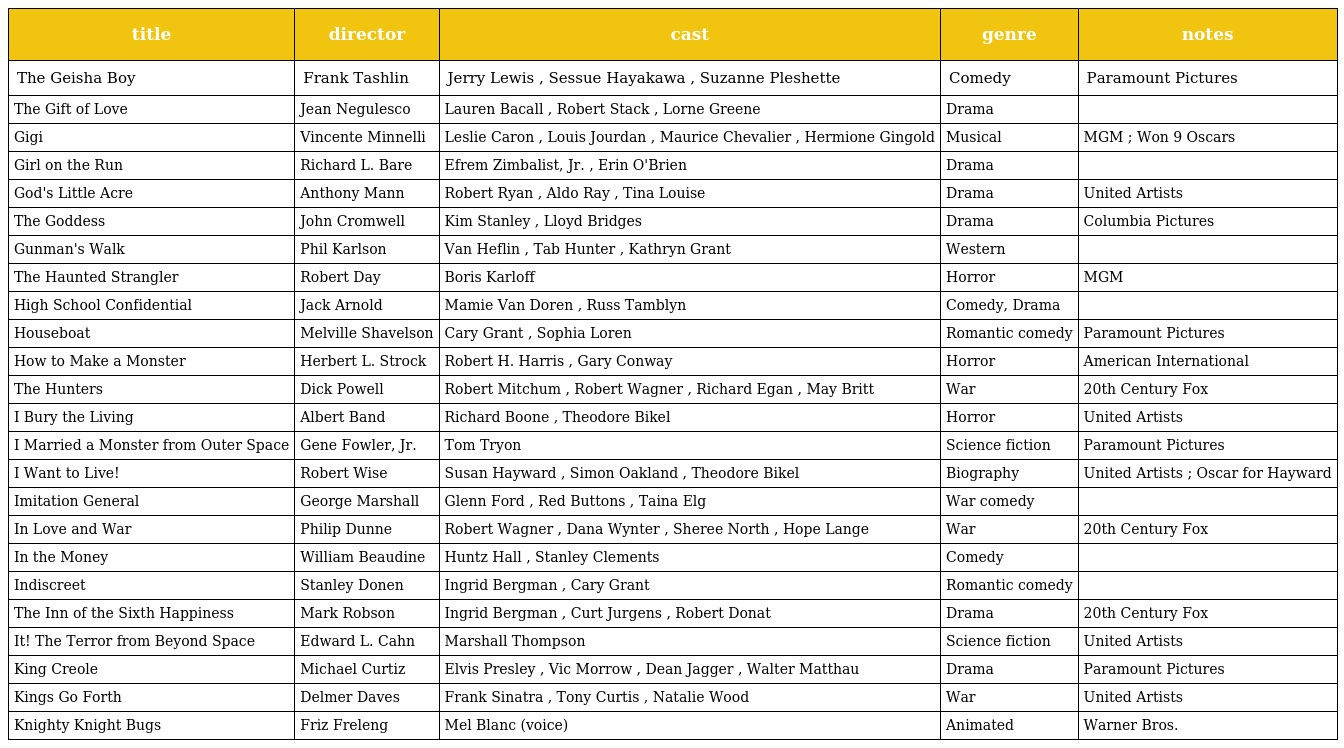
| title | director | cast | genre | notes |
 | --- | --- | --- | --- | --- |
 | The Geisha Boy | Frank Tashlin | Jerry Lewis , Sessue Hayakawa , Suzanne Pleshette | Comedy | Paramount Pictures |
 | The Gift of Love | Jean Negulesco | Lauren Bacall , Robert Stack , Lorne Greene | Drama |  |
 | Gigi | Vincente Minnelli | Leslie Caron , Louis Jourdan , Maurice Chevalier , Hermione Gingold | Musical | MGM ; Won 9 Oscars |
 | Girl on the Run | Richard L. Bare | Efrem Zimbalist, Jr. , Erin O'Brien | Drama |  |
 | God's Little Acre | Anthony Mann | Robert Ryan , Aldo Ray , Tina Louise | Drama | United Artists |
 | The Goddess | John Cromwell | Kim Stanley , Lloyd Bridges | Drama | Columbia Pictures |
 | Gunman's Walk | Phil Karlson | Van Heflin , Tab Hunter , Kathryn Grant | Western |  |
 | The Haunted Strangler | Robert Day | Boris Karloff | Horror | MGM |
 | High School Confidential | Jack Arnold | Mamie Van Doren , Russ Tamblyn | Comedy, Drama |  |
 | Houseboat | Melville Shavelson | Cary Grant , Sophia Loren | Romantic comedy | Paramount Pictures |
 | How to Make a Monster | Herbert L. Strock | Robert H. Harris , Gary Conway | Horror | American International |
 | The Hunters | Dick Powell | Robert Mitchum , Robert Wagner , Richard Egan , May Britt | War | 20th Century Fox |
 | I Bury the Living | Albert Band | Richard Boone , Theodore Bikel | Horror | United Artists |
 | I Married a Monster from Outer Space | Gene Fowler, Jr. | Tom Tryon | Science fiction | Paramount Pictures |
 | I Want to Live! | Robert Wise | Susan Hayward , Simon Oakland , Theodore Bikel | Biography | United Artists ; Oscar for Hayward |
 | Imitation General | George Marshall | Glenn Ford , Red Buttons , Taina Elg | War comedy |  |
 | In Love and War | Philip Dunne | Robert Wagner , Dana Wynter , Sheree North , Hope Lange | War | 20th Century Fox |
 | In the Money | William Beaudine | Huntz Hall , Stanley Clements | Comedy |  |
 | Indiscreet | Stanley Donen | Ingrid Bergman , Cary Grant | Romantic comedy |  |
 | The Inn of the Sixth Happiness | Mark Robson | Ingrid Bergman , Curt Jurgens , Robert Donat | Drama | 20th Century Fox |
 | It! The Terror from Beyond Space | Edward L. Cahn | Marshall Thompson | Science fiction | United Artists |
 | King Creole | Michael Curtiz | Elvis Presley , Vic Morrow , Dean Jagger , Walter Matthau | Drama | Paramount Pictures |
 | Kings Go Forth | Delmer Daves | Frank Sinatra , Tony Curtis , Natalie Wood | War | United Artists |
 | Knighty Knight Bugs | Friz Freleng | Mel Blanc (voice) | Animated | Warner Bros. |